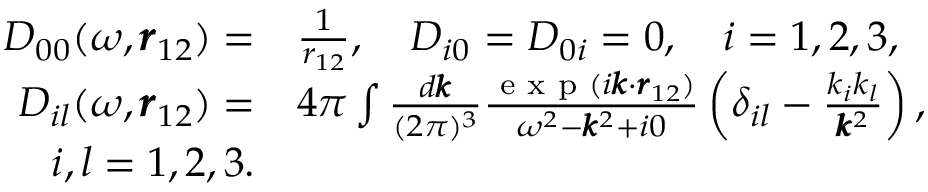
\begin{array} { r l } { D _ { 0 0 } ( \omega , \pmb { r } _ { 1 2 } ) = } & { \frac { 1 } { r _ { 1 2 } } , \quad D _ { i 0 } = D _ { 0 i } = 0 , \quad i = 1 , 2 , 3 , } \\ { D _ { i l } ( \omega , \pmb { r } _ { 1 2 } ) = } & { 4 \pi \int \frac { d \pmb { k } } { ( 2 \pi ) ^ { 3 } } \frac { \textrm { e x p } ( i \pmb { k } \cdot \pmb { r } _ { 1 2 } ) } { \omega ^ { 2 } - \pmb { k } ^ { 2 } + i 0 } \left( \delta _ { i l } - \frac { k _ { i } k _ { l } } { \pmb { k } ^ { 2 } } \right) , } \\ { i , l = 1 , 2 , 3 . } \end{array}